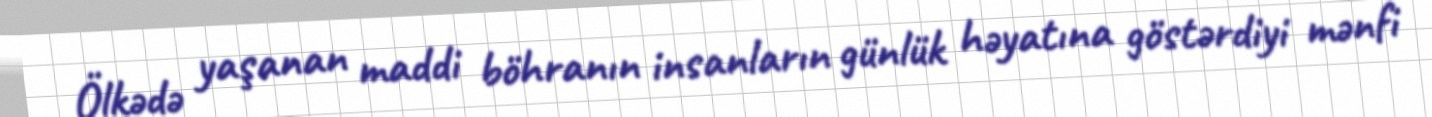
Ölkədə yaşanan maddi böhranın insanların günlük həyatına göstərdiyi mənfi